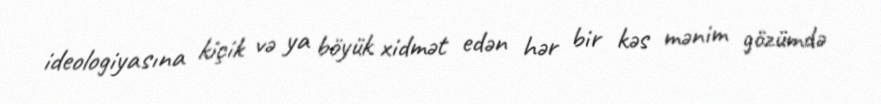
ideologiyasına kiçik və ya böyük xidmət edən hər bir kəs mənim gözümdə